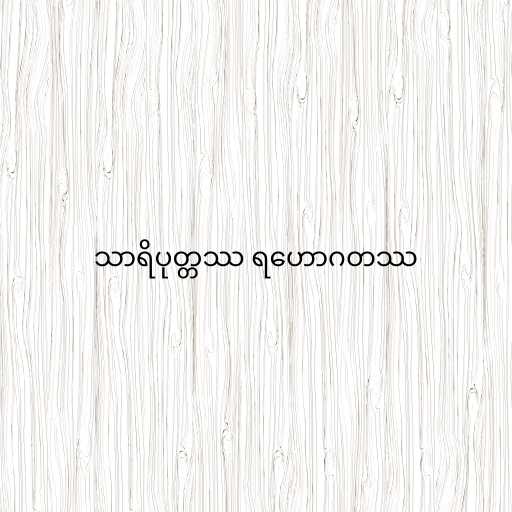
သာရိပုတ္တဿ ရဟောဂတဿ